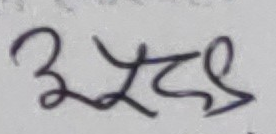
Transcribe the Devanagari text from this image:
३खट९